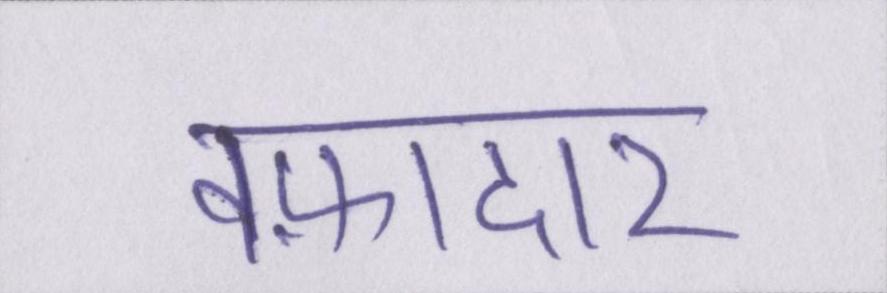
वफ़ादार